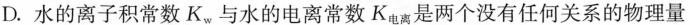
D.水的离子积常数K_{w}与水的电离常数K_{电离}是两个没有任何关系的物理量